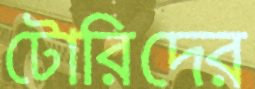
টোরিদের